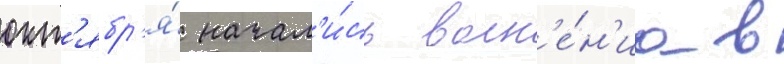
окт'ябр'я́ начал'и́сь волн'е́н'иа в